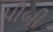
પીબી